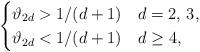
LaTeX: \begin{align*}\begin{cases}\vartheta_{2d} > 1/(d+1) & d=2, \, 3,\\\vartheta_{2d} <1/(d+1) & d\geq 4,\end{cases}\end{align*}